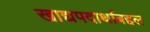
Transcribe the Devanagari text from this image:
खाद्यपदार्थाबद्दल